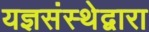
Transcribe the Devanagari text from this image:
यज्ञसंस्थेद्वारा